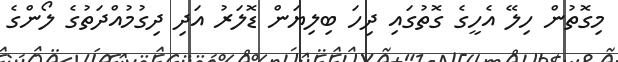
މިގޮތުން ހިލޭ އެހީގެ ގޮތުގައި ދިހަ ބިލިޔަން ޑޮލަރު އަދި ދިގުމުއްދަތުގެ ލޯންގެ